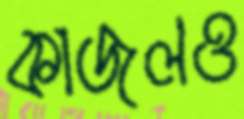
কাজলও